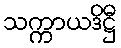
သက္ကာယဒိဋ္ဌီ